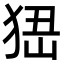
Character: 峱